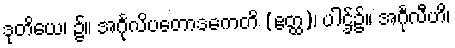
ဒုတိယေ၊ ၌။ အင်္ဂုလိပတောဒကေတိ (ဧတ္ထ)၊ ပါဌ်၌။ အင်္ဂုလီဟိ၊